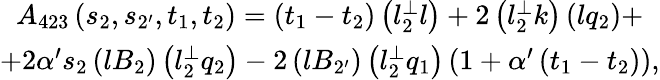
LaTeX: \begin{array}{c}{{A_{423}\left(s_{2},s_{2^{\prime}},t_{1},t_{2}\right)=\left(t_{1}-t_{2}\right)\left(l_{2}^{\bot}l\right)+2\left(l_{2}^{\bot}k\right)\left(lq_{2}\right)+}}\\ {{+2\alpha^{\prime}s_{2}\left(lB_{2}\right)\left(l_{2}^{\bot}q_{2}\right)-2\left(lB_{2^{\prime}}\right)\left(l_{2}^{\bot}q_{1}\right)\left(1+\alpha^{\prime}\left(t_{1}-t_{2}\right)\right),}}\end{array}